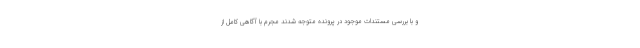
و با بررسی مستندات موجود در پرونده متوجه شدند مجرم با آگاهی کامل از